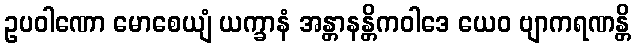
ဥပဝါဏော မောစေယျံ ယက္ခာနံ အန္တာနန္တိကဝါဒေ ယေဝ ဗျာကရဏန္တိ